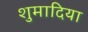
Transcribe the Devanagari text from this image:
शुमादिया